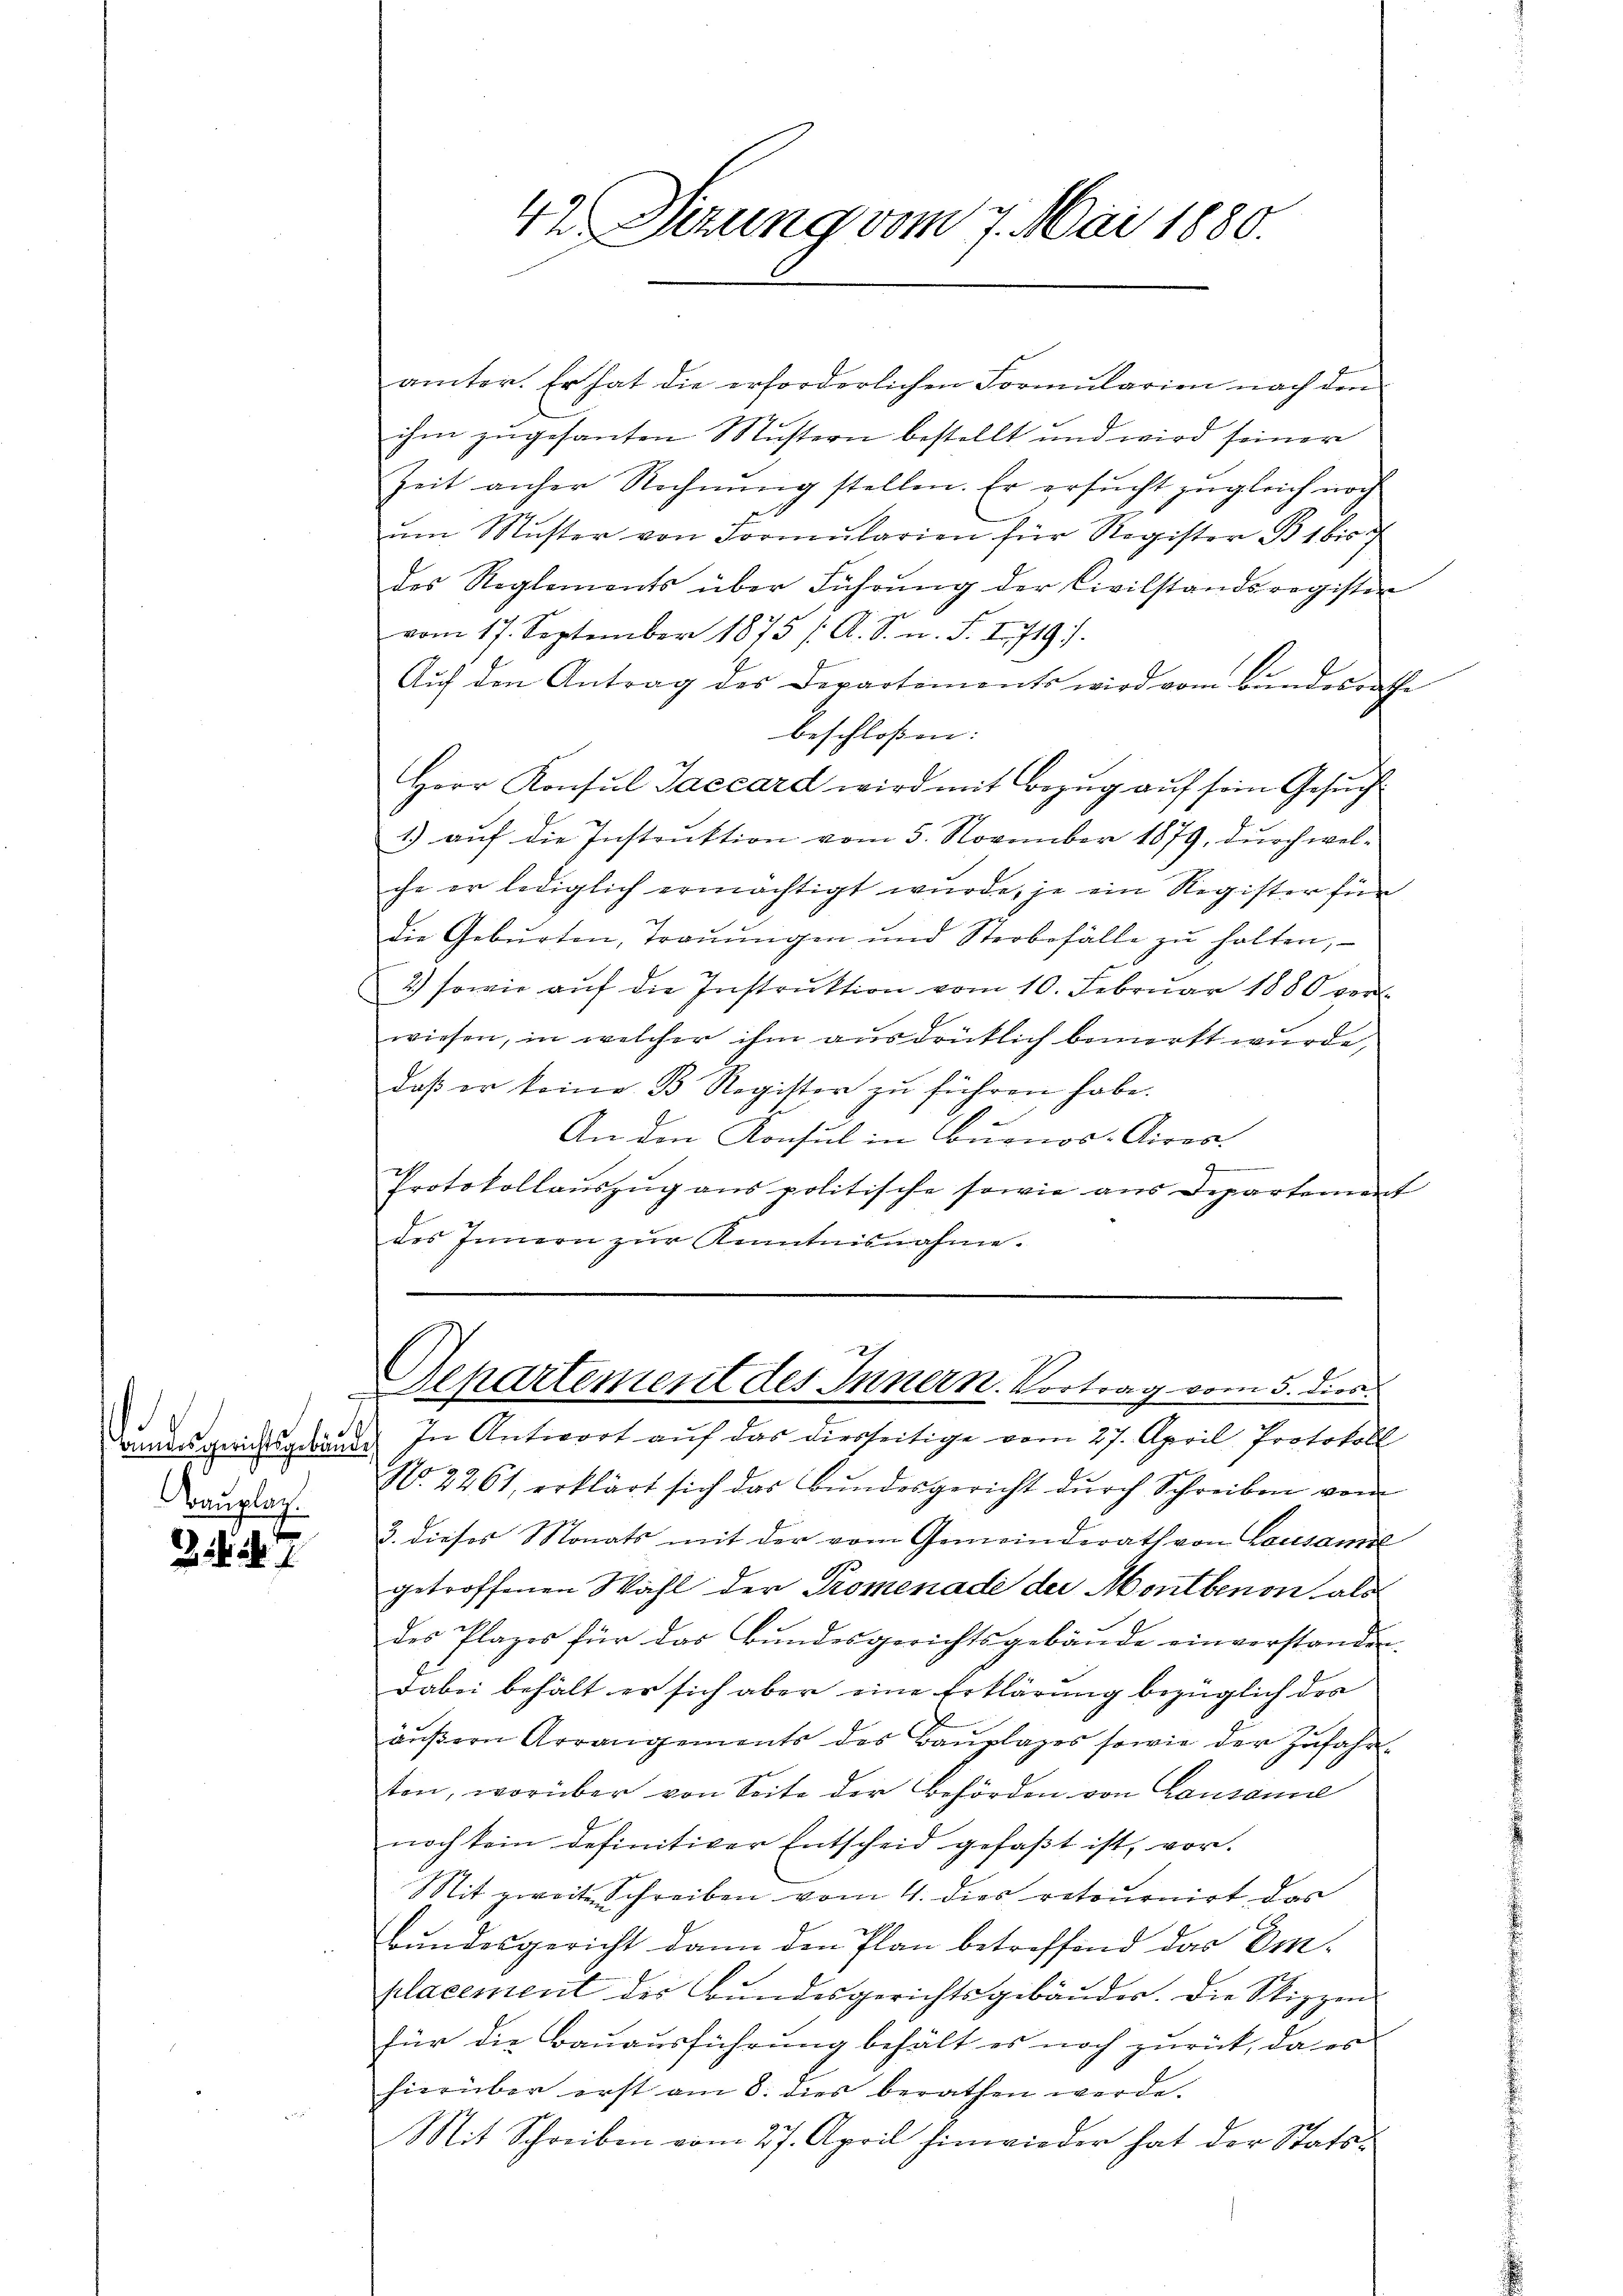
Bundesgerichtsgebäude,
Bauplag

31 37

ämter. Er hat die erforderlichen Formularien nach den
ihm zugesanten Mustern bestellt und wird seiner
Zeit anher Rechnung stellen. Er ersucht zugleich noch
ŭm Mŭster von Formŭlarien für Register B. 1 bis
des Reglements über Führung der Civilstandsregister
vom 17. September 1875 /A. S. n. F. I 719).
Aŭf den Antrag des Departements wird vom Bundesrathe
beschloßen:
Herr Konsul Saccard wird mit Bezug auf sein Gesuch
1) aŭf die Instrŭktion vom 5. November 1879, dŭrch wel-
che er lediglich ermächtigt wurde, je ein Register für
die Gebŭrten, Traṅŭngen und Sterbefälle zŭ halten,
2.) sowie aŭf die Instrŭktion vom 10. Februar 1880 ver-
wiesen, in welcher ihm ausdrücklich bemerkt wurde,
daß er keine B. Register zu führen habe.
An den Konsul in Buenos-Airos.
Protokollauszug aus politische sowie aus Departement
des Innern zŭr Kenntnisnahme.

42 Sizung vom 7. Mai 1880.

Separtement des Innern. Vortrag vom 5. dies

In Antwort auf das diesseitige vom 27. April, Protokoll
2
No. 4461, erklärt sich das Bŭndesgericht dŭrch Schreiben vom
3. dieses Monats mit der vom Gemeinderath von Lausam
getroffenen Wahl der Promenade der Montbenen als
des Plazer für das Bundesgerichtsgebäude einverstanden.
dabei behält er sich aber eine Erklärung bezüglich der
äŭβern Arrangements des Baŭplages sowie der Zŭfahr-
ston, worüber von Seite der Behörden von Lausanne
noch kein definitiver Entscheid gefaßt ist, vor.
Mit zweite Schreiben vom 4. dies retournirt das
Bundesgericht dann den Plan betreffend das Er-
placement der Bundesgerichtsgebäudes. Die Stippen
für die Bauausführung behält es noch zurück, da es
hierüber erst am 8. dies berathen werde.
Mit Schreiben vom 27. April hinwieder hat der Stats¬